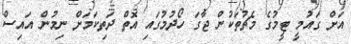
އަށް ގައުމީ ޓީމުގެ މެޗުތަކުން ޖާގަ ހޯދުމުގައި އޮތް ދަތިކަމަށް ނިމުން އައިސް